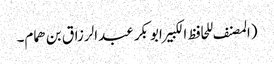
(المصنف للحافظ الکبیرابوبکر عبدالرزاق بن ھمام۔